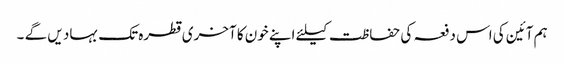
ہم آئین کی اس دفعہ کی حفاظت کیلئے اپنے خون کا آخری قطرہ تک بہاد یں گے ۔